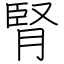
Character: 腎